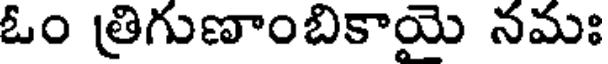
ఓం త్రిగుణాంబికాయై నమః